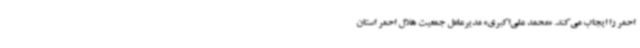
احمر را ایجاب می‌کند. «محمد علی‌اکبری» مدیرعامل جمعیت هلال احمر استان